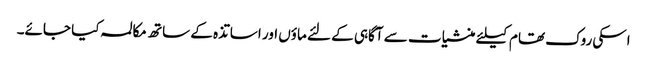
اسکی روک تھام کیلئے منشیات سے آگاہی کے لئے ماؤں اور اساتذہ کے ساتھ مکالمہ کیا جائے۔